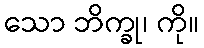
သော ဘိက္ခု၊ ကို။